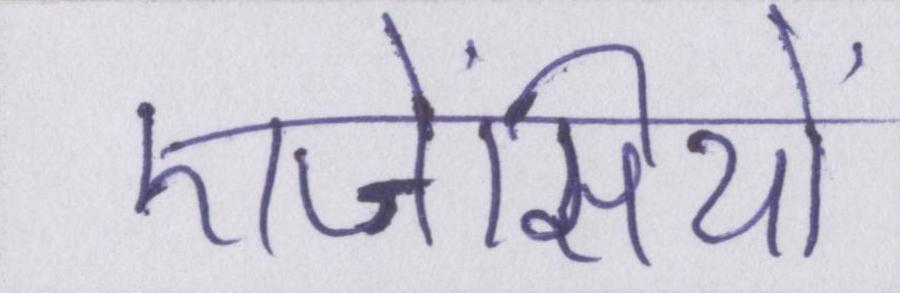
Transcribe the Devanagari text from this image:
एजेंसियों